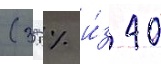
(35 % и́з 40